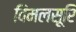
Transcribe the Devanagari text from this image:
विमलसूरि